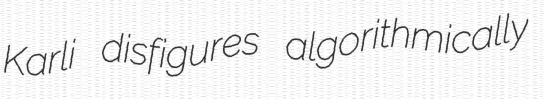
Karli disfigures algorithmically